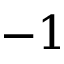
- 1